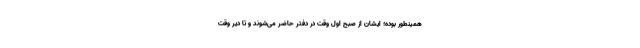
همینطور بوده؛ ایشان از صبح اول وقت در دفتر حاضر می‌شوند و تا دیر وقت